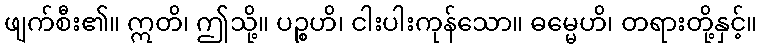
ဖျက်စီး၏။ ဣတိ၊ ဤသို့။ ပဉ္စဟိ၊ ငါးပါးကုန်သော။ ဓမ္မေဟိ၊ တရားတို့နှင့်။